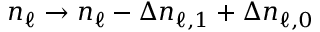
n _ { \ell } \to n _ { \ell } - \Delta n _ { \ell , 1 } + \Delta n _ { \ell , 0 }